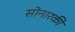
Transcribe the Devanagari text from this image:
सोनारकी